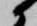
候